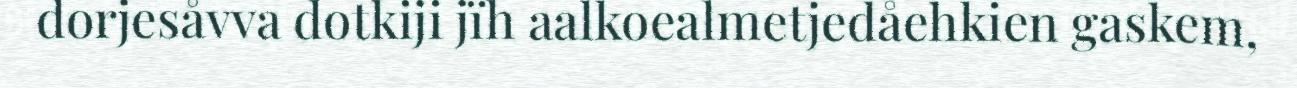
dorjesåvva dotkiji jïh aalkoealmetjedåehkien gaskem,